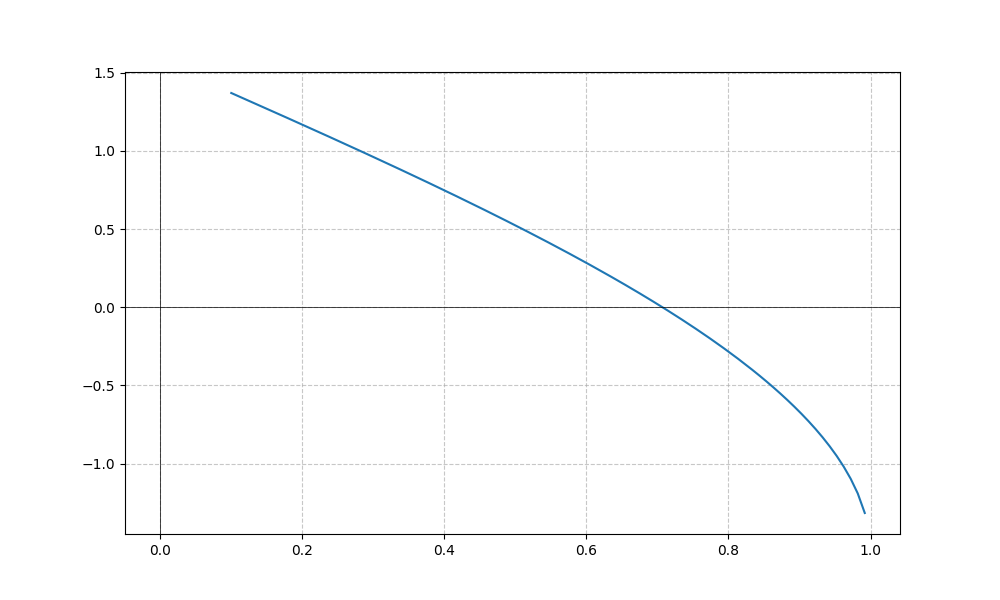
LaTeX formula: \operatorname{acos}{\left(x \right)} - \operatorname{asin}{\left(x \right)}